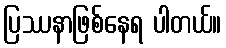
ပြဿနာဖြစ်နေရ ပါတယ်။